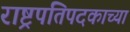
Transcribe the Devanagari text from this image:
राष्ट्रपतिपदकाच्या